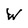
Character: W